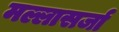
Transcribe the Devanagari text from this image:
मल्लासर्जा